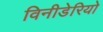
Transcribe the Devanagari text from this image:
विनीडेरियो